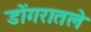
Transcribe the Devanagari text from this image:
डोंगरातले